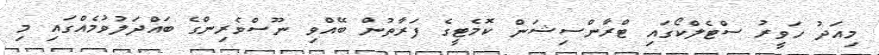
މިއަދު ހަވީރު ސްޓެލްކޯގައި ޓްރާންސިޝަން ކޮމެޓީގެ ފަރާތުން ބޭއްވި ނޫސްވެރިންގެ ބައްދަލުވުމެއްގައި މި